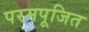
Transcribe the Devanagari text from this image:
परमपूजित